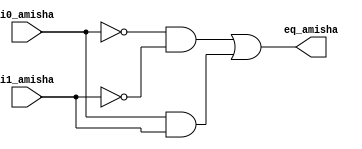
`timescale 1ns / 1ps
//////////////////////////////////////////////////////////////////////////////////
// Company: 
// Engineer: 
// 
// Design Name: 
// Module Name:    eq1_Amisha 
// Project Name: 
// Target Devices: 
// Tool versions: 
// Description: 
//
// Dependencies: 
//
// Revision: 
// Revision 0.01 - File Created
// Additional Comments: 
//
//////////////////////////////////////////////////////////////////////////////////
module eq1_Amisha(
    input wire i0_amisha,
    input wire i1_amisha,
    output wire eq_amisha
    );
	 
	 wire p0_amisha, p1_amisha;
	 
	 assign eq_amisha = p0_amisha | p1_amisha;
	 
	 assign p0_amisha = ~i0_amisha & ~i1_amisha;
	 assign p1_amisha = i0_amisha & i1_amisha;

endmodule